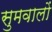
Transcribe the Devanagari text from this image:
सुमवालों